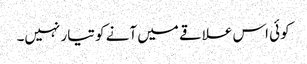
کوئی اس علاقے میں آنے کو تیار نہیں۔